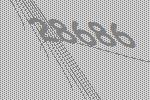
28686